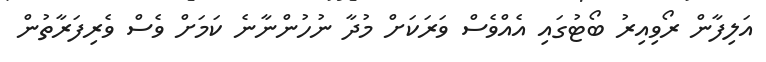
އަލިފާން ރޯވިއިރު ބޯޓުގައި އެއްވެސް ވަރަކަށް މުދާ ނުހުންނާނެ ކަމަށް ވެސް ވެރިފަރާތުން